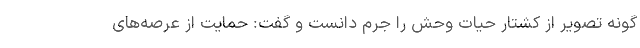
گونه تصویر از کشتار حیات وحش را جرم دانست و گفت: حمایت از عرصه‌های